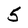
Character: 5